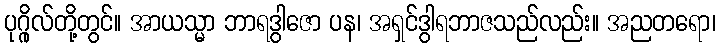
ပုဂ္ဂိုလ်တို့တွင်။ အာယသ္မာ ဘာရဒွါဇော ပန၊ အရှင်ဒွါရဘာဇသည်လည်း။ အညတရော၊